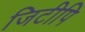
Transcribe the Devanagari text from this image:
जिटीपि